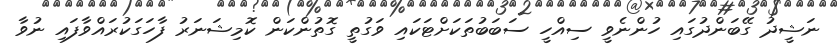
ނަޝީދު ގޭބަންދުގައި ހުންނެވީ ސިއްހީ ސަބަބުތަކަށްޓަކައި ވަގުތީ ގޮތުންކަން ކޮމިޝަނަރު ފާހަގަކުރައްވާފައި ނުވާ